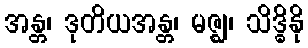
အန္တ၊ ဒုတိယအန္တ၊ မဇ္ဈ၊ သိဒ္ဓိနို